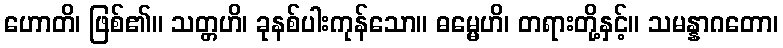
ဟောတိ၊ ဖြစ်၏။ သတ္တဟိ၊ ခုနစ်ပါးကုန်သော။ ဓမ္မေဟိ၊ တရားတို့နှင့်။ သမန္နာဂတော၊